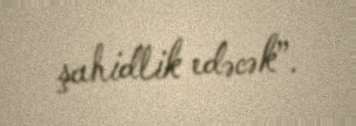
şahidlik edəcək”.